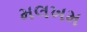
મલખમ